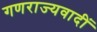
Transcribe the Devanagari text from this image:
गणराज्यवादीं